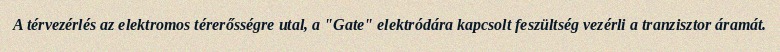
A térvezérlés az elektromos térerősségre utal, a "Gate" elektródára kapcsolt feszültség vezérli a tranzisztor áramát.